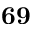
\mathbf { 6 9 }